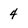
Character: 4